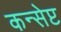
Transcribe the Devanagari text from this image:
कन्सेप्ट